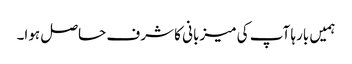
ہمیں بارہا آپ کی میزبانی کا شرف حاصل ہوا۔